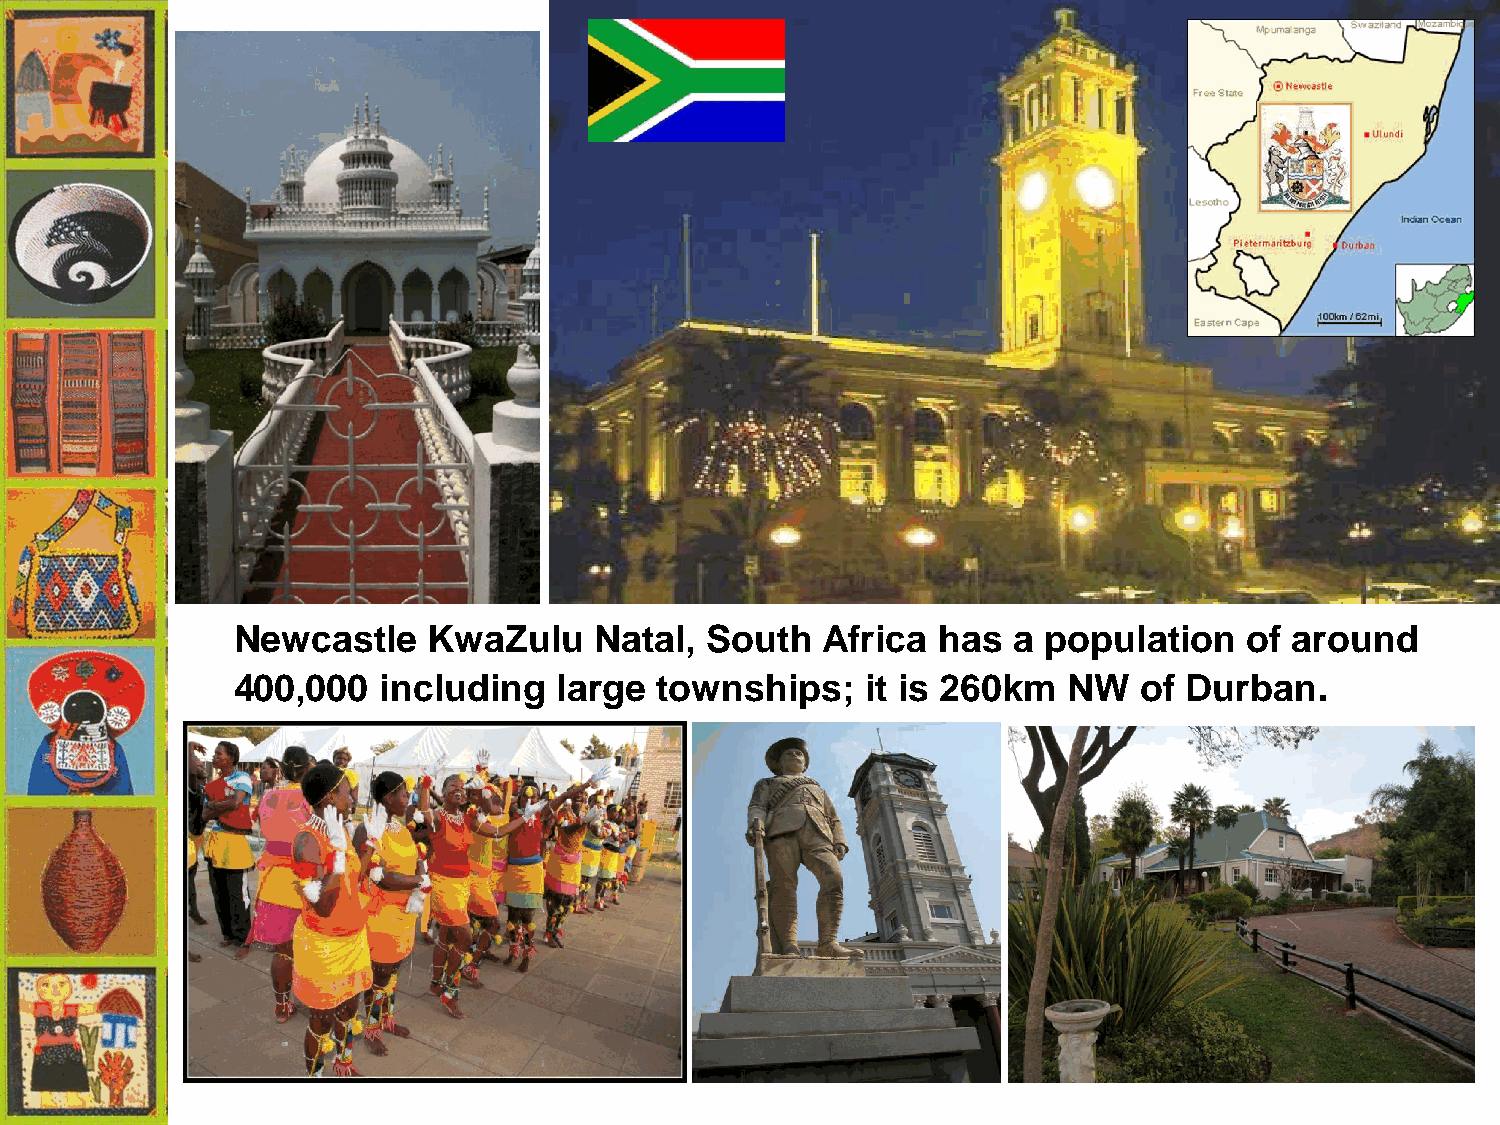
Newcastle    KwaZulu    Natal,  South  Africa  has  a population    of around
 400,000   including   large townships;    it is 260km   NW  of Durban.